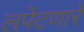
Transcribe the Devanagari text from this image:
लपेटणारे